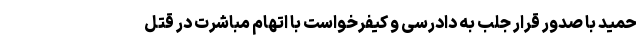
حمید با صدور قرار جلب به دادرسی و کیفرخواست با اتهام مباشرت در قتل